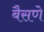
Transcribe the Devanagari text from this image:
बैसणे